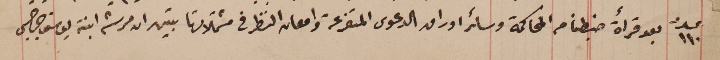
عدد ١١٠ بعد قرأة ضبطنا من المحاكمة وسائر اوراق الدعوى المتفرعة وامعان النظر فى مشتملاتها تبين ان مرتى ابنة يوسف جرجس